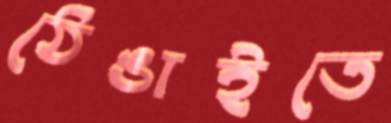
ঠেঙাইতে